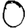
Digit: 0